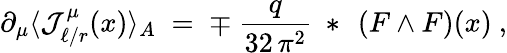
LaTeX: \partial_{\mu}\langle{\mathcal J}_{\ell/r}^{\mu}(x)\rangle_{A}\; =\; \mp\ \frac{q}{32\, \pi^{2}}~*~\left(F\wedge F\right)(x)~,